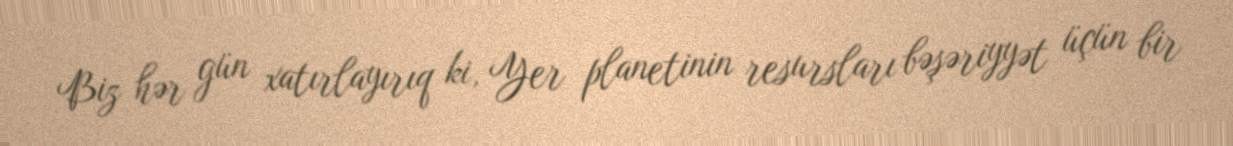
Biz hər gün xatırlayırıq ki, Yer planetinin resursları bəşəriyyət üçün bir